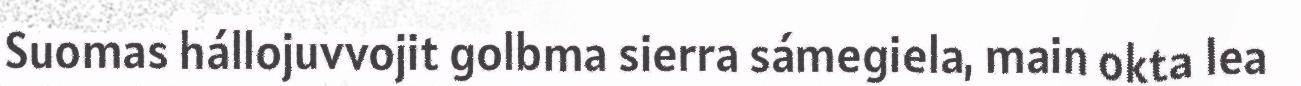
Suomas hállojuvvojit golbma sierra sámegiela, main okta lea